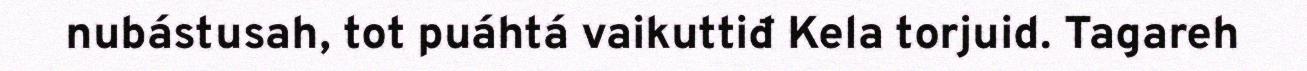
nubástusah, tot puáhtá vaikuttiđ Kela torjuid. Tagareh